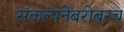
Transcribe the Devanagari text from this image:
संकल्पनेबरोबरच